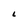
Character: L